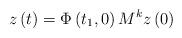
LaTeX: \begin{align*}z\left( t\right) =\Phi \left( t_{1},0\right) M^{k}z\left( 0\right)\end{align*}